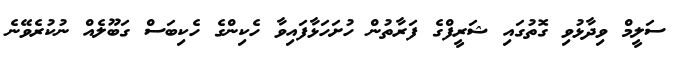
ސަލީމް ވިދާޅުވި ގޮތުގައި ޝަރީފްގެ ފަރާތުން ހުށަހަޅާފައިވާ ހެކިންގެ ހެކިބަސް ގަބޫލެއް ނުކުރެވޭނެ